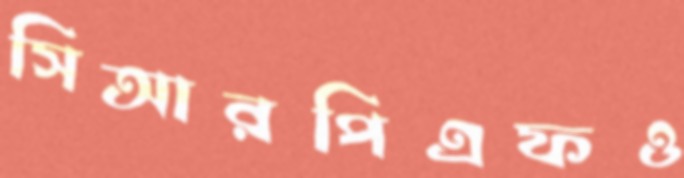
সিআরপিএফও